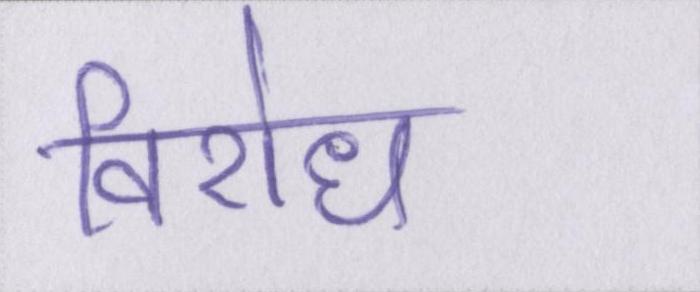
विरोध